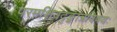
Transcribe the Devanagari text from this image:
परमशिवदृङ्मात्रविषयः